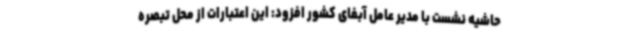
حاشیه نشست با مدیر عامل آبفای کشور افزود: این اعتبارات از محل تبصره